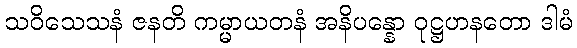
သဝိသေသနံ ဇနတိ ကမ္မာယတနံ အနိပန္နော ဝုဋ္ဌဟနတော ဒါမံ